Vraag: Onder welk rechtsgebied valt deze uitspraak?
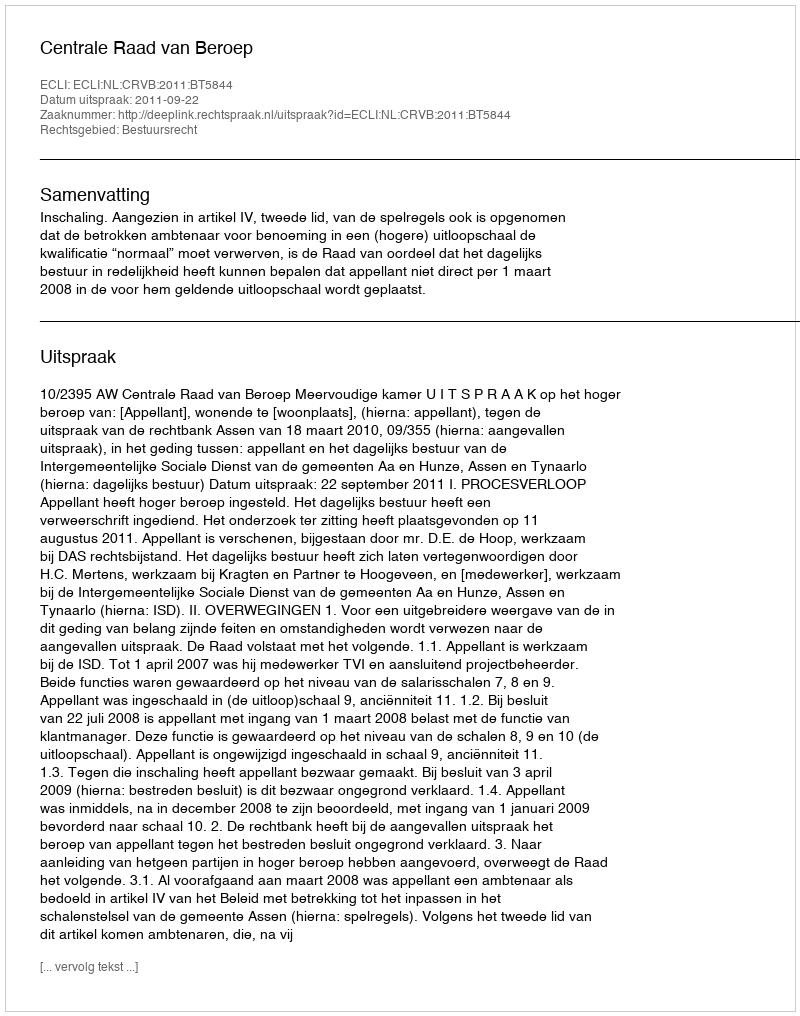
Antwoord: Bestuursrecht